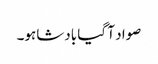
صواد آ گیا بادشاہو۔